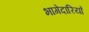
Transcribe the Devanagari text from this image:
भागेदारियाँ